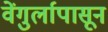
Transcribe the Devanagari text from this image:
वेंगुर्लापासून